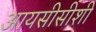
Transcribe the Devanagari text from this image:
आयसीसीशी